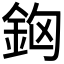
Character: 𨥸